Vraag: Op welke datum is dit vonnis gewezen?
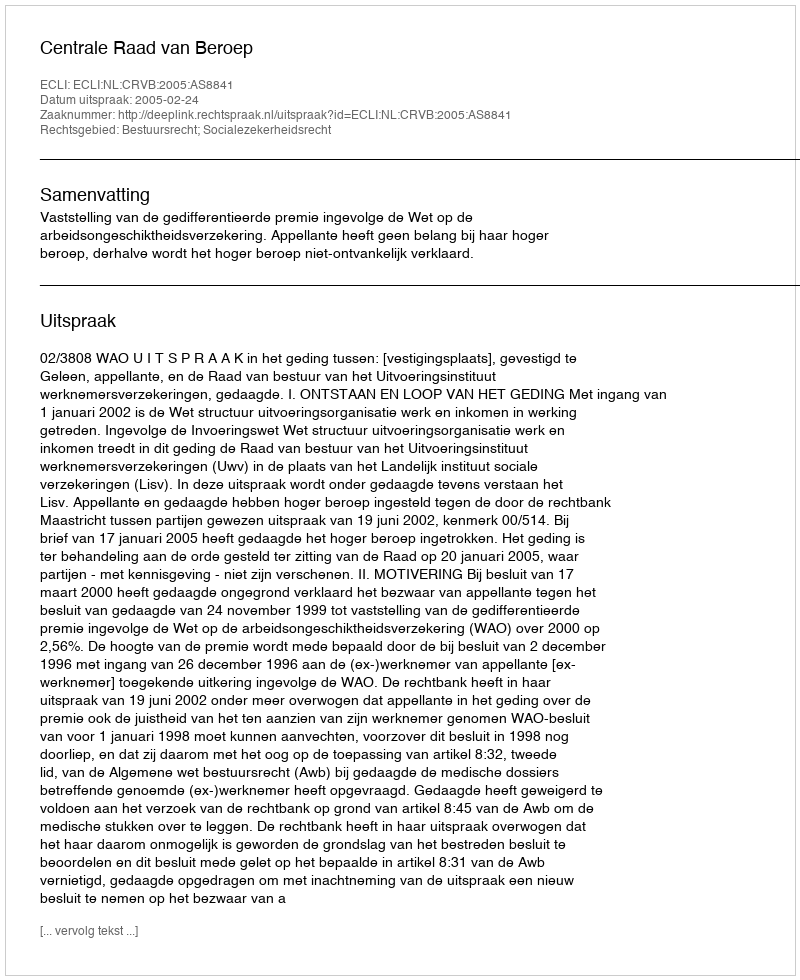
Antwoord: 2005-02-24